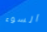
السوء